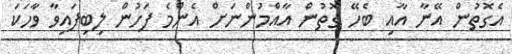
އެގޮތުން އޭނާާ އާއި ބެހޭ ގޮތުން އާއްމުންނަށް އެންމެ ފަހުން ލިބިފައިވާ ވާހަކަ